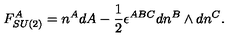
F _ { S U ( 2 ) } ^ { A } = n ^ { A } d A - \frac 1 2 \epsilon ^ { A B C } d n ^ { B } \wedge d n ^ { C } .